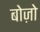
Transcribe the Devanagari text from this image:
बोज़ो